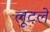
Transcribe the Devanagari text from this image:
लूटले